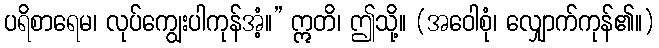
ပရိစာရေမ၊ လုပ်ကျွေးပါကုန်အံ့။” ဣတိ၊ ဤသို့။ (အဝေါစုံ၊ လျှောက်ကုန်၏။)